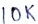
Text: 10K